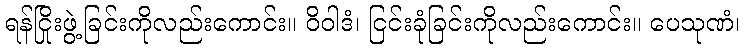
ရန်ငြိုးဖွဲ့ခြင်းကိုလည်းကောင်း။ ဝိဝါဒံ၊ ငြင်းခုံခြင်းကိုလည်းကောင်း။ ပေသုဏံ၊